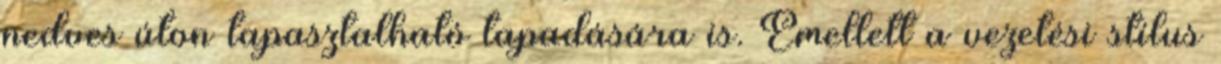
nedves úton tapasztalható tapadására is. Emellett a vezetési stílus